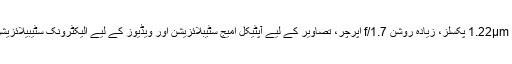
16 میگا پکسل سنسر میں بڑے 1.22µm پکسلز، زیادہ روشن f/1.7 اپرچر، تصاویر کے لیے آپٹیکل امیج سٹیبلائزیشن اور ویڈیوز کے لیے الیکٹرونک سٹیبیلائزیشن اور ہائپر لیپس موڈز بھی ہیں۔